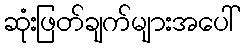
ဆုံးဖြတ်ချက်များအပေါ်